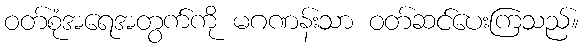
ဝတ်စုံအရေအတွက်ကို မဂဏန်းသာ ဝတ်ဆင်ပေးကြသည်။